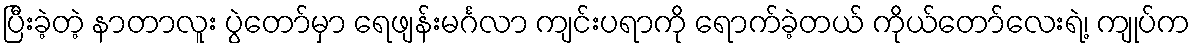
ပြီးခဲ့တဲ့ နာတာလူး ပွဲတော်မှာ ရေဖျန်းမင်္ဂလာ ကျင်းပရာကို ရောက်ခဲ့တယ် ကိုယ်တော်လေးရဲ့၊ ကျုပ်က